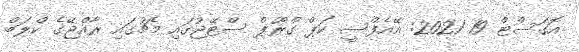
އޮގަސްޓް 19 2021: އޭއެފްސީ ކަޕް ގްރޫޕް ސްޓޭޖުގައި މެޗުގައި ރާއްޖޭގެ ކްލަބް